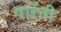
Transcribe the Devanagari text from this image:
पारेंती